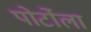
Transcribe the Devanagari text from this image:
पोर्टोला